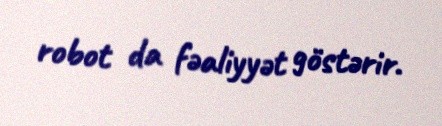
robot da fəaliyyət göstərir.